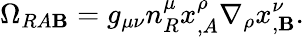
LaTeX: \Omega_{RA\mathbf{B}}=g_{\mu\nu}n_{R}^{\mu}x_{,A}^{\rho}\nabla_{\rho}x_{,\mathbf{B}}^{\nu}.